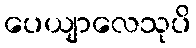
ပေယျာလေသုပိ